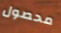
محصول